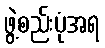
ဖွဲ့စည်းပုံအရ